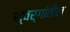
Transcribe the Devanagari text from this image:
स्वर्गांतील